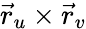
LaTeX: {\vec{r}}_{u}\times{\vec{r}}_{v}